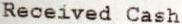
RECEIVED CASH